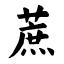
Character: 蔗